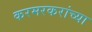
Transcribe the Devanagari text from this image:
करमरकरांच्या